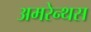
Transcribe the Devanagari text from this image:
अमरेन्थस